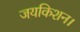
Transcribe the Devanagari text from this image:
जयकिशन।